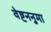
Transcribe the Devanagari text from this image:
वेष्टननुमा